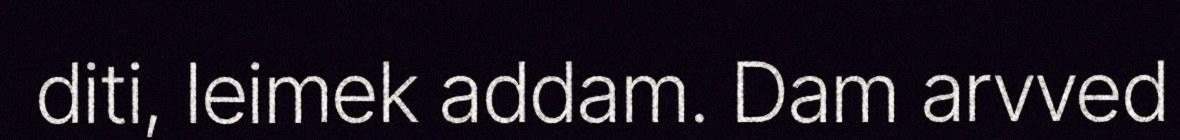
diti, leimek addam. Dam arvved